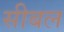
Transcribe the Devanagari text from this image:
सीबल